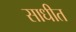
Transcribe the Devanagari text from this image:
साधीत